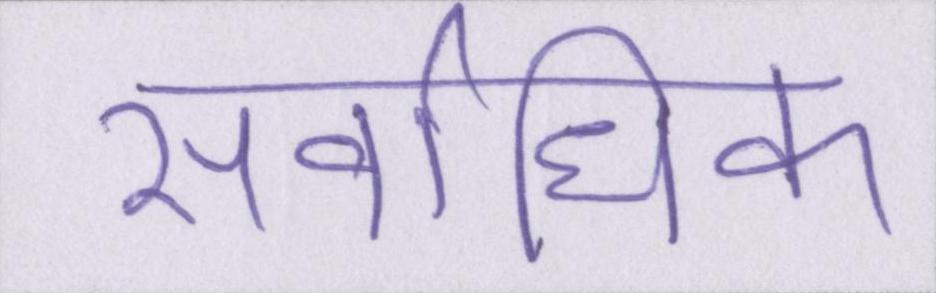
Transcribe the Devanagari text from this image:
सर्वाधिक